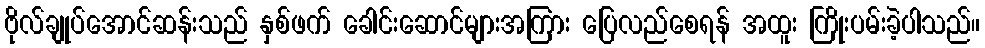
ဗိုလ်ချုပ်အောင်ဆန်းသည် နှစ်ဖက် ခေါင်းဆောင်များအကြား ပြေလည်စေရန် အထူး ကြိုးပမ်းခဲ့ပါသည်။